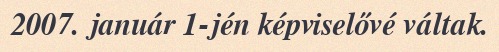
2007. január 1-jén képviselővé váltak.